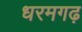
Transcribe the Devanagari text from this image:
धरमगढ़